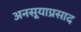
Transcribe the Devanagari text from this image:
अनसूयाप्रसाद